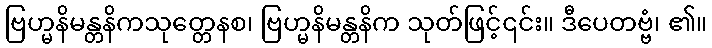
ဗြဟ္မနိမန္တနိကသုတ္တေနစ၊ ဗြဟ္မနိမန္တနိက သုတ်ဖြင့်၎င်း။ ဒီပေတဗ္ဗံ၊ ၏။